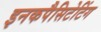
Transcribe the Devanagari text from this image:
इनकपैसिटेटिंग